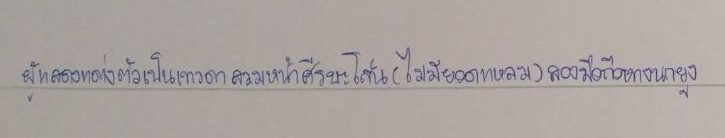
ผู้แสดงแต่งตัวเป็นเทวดาสวมหน้าศีรษะโล้น(ไม่มียอดแหลม)สองมือถือหางนกยูง